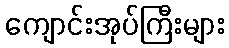
ကျောင်းအုပ်ကြီးများ